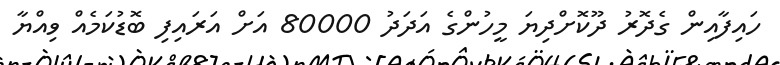
ހައިފާއިން ގެދޮރު ދޫކޮށްދިޔަ މީހުންގެ އަދަދު 80000 އަށް އަރައިފި ބޮޑުކަމެއް ވިއްޔާ